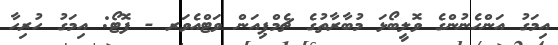
އިމަގު އަންހެނުންގެ ވޮލީބޯޅަ މުބާރާތުގެ ޗެމްޕިއަން ވަޓްއެވަރ - ފޮޓޯ: އިމަގު ހުރިހާ